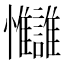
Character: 𢦄